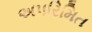
અપરિમિત